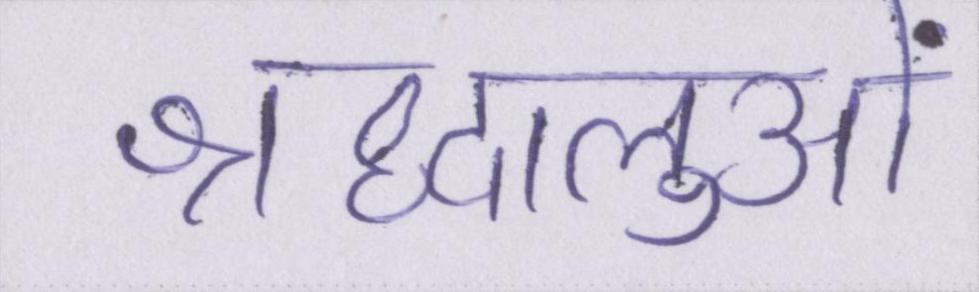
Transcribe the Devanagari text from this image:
श्रद्धालुओं